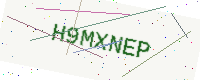
Text: H9MXNEP